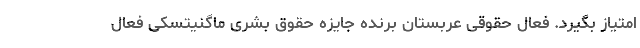
امتیاز بگیرد. فعال حقوقی عربستان برنده جایزه حقوق بشری ماگنیتسکی فعال